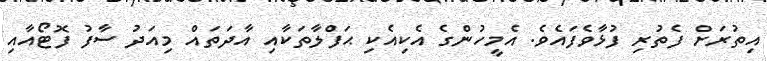
އިތުރަށް ފެތުރި ފުޅާވެފައެވެ. އެމީހުންގެ އެކިއެކި ޙަފްލާތަކާއި އާދަތައް މިއަދު ސާފު ފޮޓޯއާއި